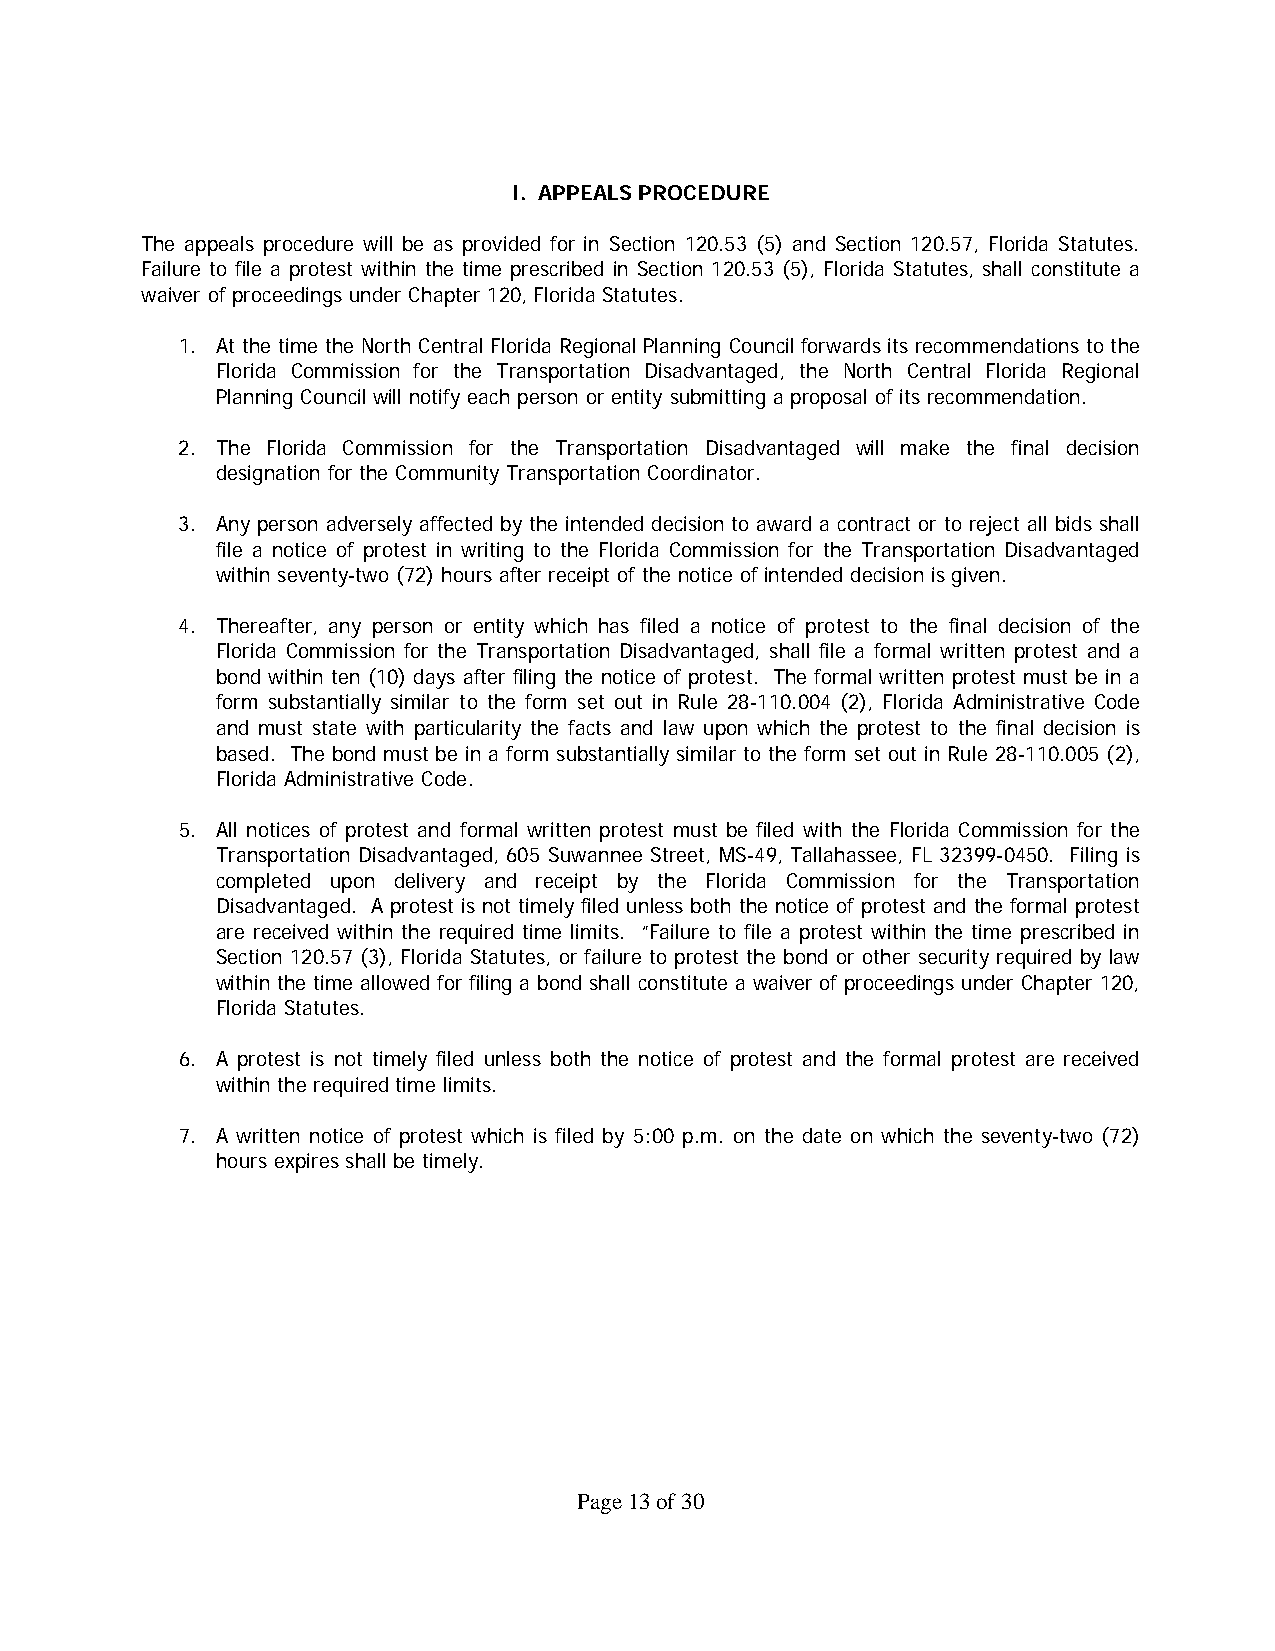
I. APPEALS PROCEDURE
 The appeals procedure will be as provided for in Section 120.53 (5) and Section 120.57, Florida Statutes.
 Failure to file a protest within the time prescribed in Section 120.53 (5), Florida Statutes, shall constitute a
 waiver of proceedings under Chapter 120, Florida Statutes.
 1. At the time the North Central Florida Regional Planning Council forwards its recommendations to the
 Florida Commission for the Transportation Disadvantaged, the North Central Florida Regional
 Planning Council will notify each person or entity submitting a proposal of its recommendation.
 2. The Florida Commission for the Transportation Disadvantaged will make the final decision
 designation for the Community Transportation Coordinator.
 3. Any person adversely affected by the intended decision to award a contract or to reject all bids shall
 file a notice of protest in writing to the Florida Commission for the Transportation Disadvantaged
 within seventy-two (72) hours after receipt of the notice of intended decision is given.
 4. Thereafter, any person or entity which has filed a notice of protest to the final decision of the
 Florida Commission for the Transportation Disadvantaged, shall file a formal written protest and a
 bond within ten (10) days after filing the notice of protest. The formal written protest must be in a
 form substantially similar to the form set out in Rule 28-110.004 (2), Florida Administrative Code
 and must state with particularity the facts and law upon which the protest to the final decision is
 based. The bond must be in a form substantially similar to the form set out in Rule 28-110.005 (2),
 Florida Administrative Code.
 5. All notices of protest and formal written protest must be filed with the Florida Commission for the
 Transportation Disadvantaged, 605 Suwannee Street, MS-49, Tallahassee, FL 32399-0450. Filing is
 completed upon delivery and receipt by the Florida Commission for the Transportation
 Disadvantaged. A protest is not timely filed unless both the notice of protest and the formal protest
 are received within the required time limits. “Failure to file a protest within the time prescribed in
 Section 120.57 (3), Florida Statutes, or failure to protest the bond or other security required by law
 within the time allowed for filing a bond shall constitute a waiver of proceedings under Chapter 120,
 Florida Statutes.
 6. A protest is not timely filed unless both the notice of protest and the formal protest are received
 within the required time limits.
 7. A written notice of protest which is filed by 5:00 p.m. on the date on which the seventy-two (72)
 hours expires shall be timely.
 Page 13 of 30